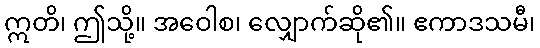
ဣတိ၊ ဤသို့။ အဝေါစ၊ လျှောက်ဆို၏။ ဧကာဒသမီ၊